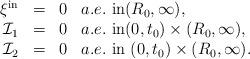
LaTeX: \begin{align*}\begin{array}{rcll}\xi^{\mathrm{in}}&=&0& a.e.~\mbox{in}(R_{0},\infty),\\\mathcal{I}_{1}&=&0 & a.e.~\mbox{in}(0, t_{0})\times(R_{0}, \infty), \\\mathcal{I}_{2}&=&0 & a.e.~\mbox{in}~(0, t_{0})\times(R_{0}, \infty).\end{array}\end{align*}